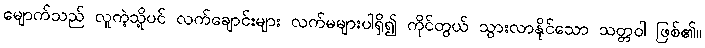
မျောက်သည် လူကဲ့သို့ပင် လက်ချောင်းများ လက်မများပါရှိ၍ ကိုင်တွယ် သွားလာနိုင်သော သတ္တဝါ ဖြစ်၏။